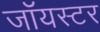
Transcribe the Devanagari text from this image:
जॉयस्टर